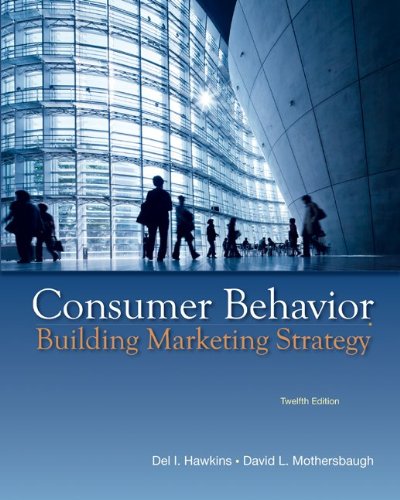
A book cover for Consumer Behavior: Building Marketing Strategy, 12th Edition; Delbert Hawkins; Business & Money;